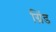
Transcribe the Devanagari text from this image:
ग्रिंड